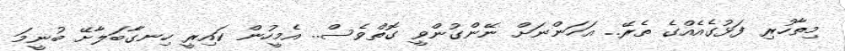
މިތާހުރި ފަޅުގެއެއްގެ ތެރޭ.. އަހަންނަށް ނޭންގުންވީ ގޮތްވެސް.. އެމީހުން ކައިރީ ހިނގާބަލާށޭ ބުނީމަ